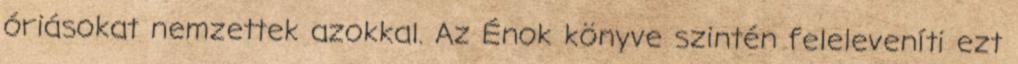
óriásokat nemzettek azokkal. Az Énok könyve szintén feleleveníti ezt